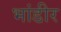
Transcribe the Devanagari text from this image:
भांडीर